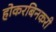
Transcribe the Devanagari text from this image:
होकरबिनकरी